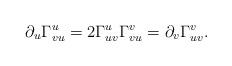
LaTeX: \begin{align*} \partial_u\Gamma_{vu}^u=2\Gamma_{uv}^u\Gamma_{vu}^v=\partial_v\Gamma_{uv}^v.\end{align*}